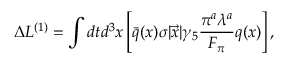
\Delta { \cal L } ^ { ( 1 ) } = \int d t d ^ { 3 } x \left[ \bar { q } ( x ) \sigma | \vec { x } | \gamma _ { 5 } \frac { \pi ^ { a } \lambda ^ { a } } { F _ { \pi } } q ( x ) \right] ,